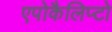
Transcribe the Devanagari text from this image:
एपोकैलिप्टो